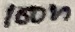
Text: 100n